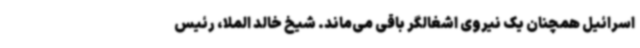
اسرائیل همچنان یک نیروی اشغالگر باقی می‌ماند. شیخ خالد الملا، رئیس